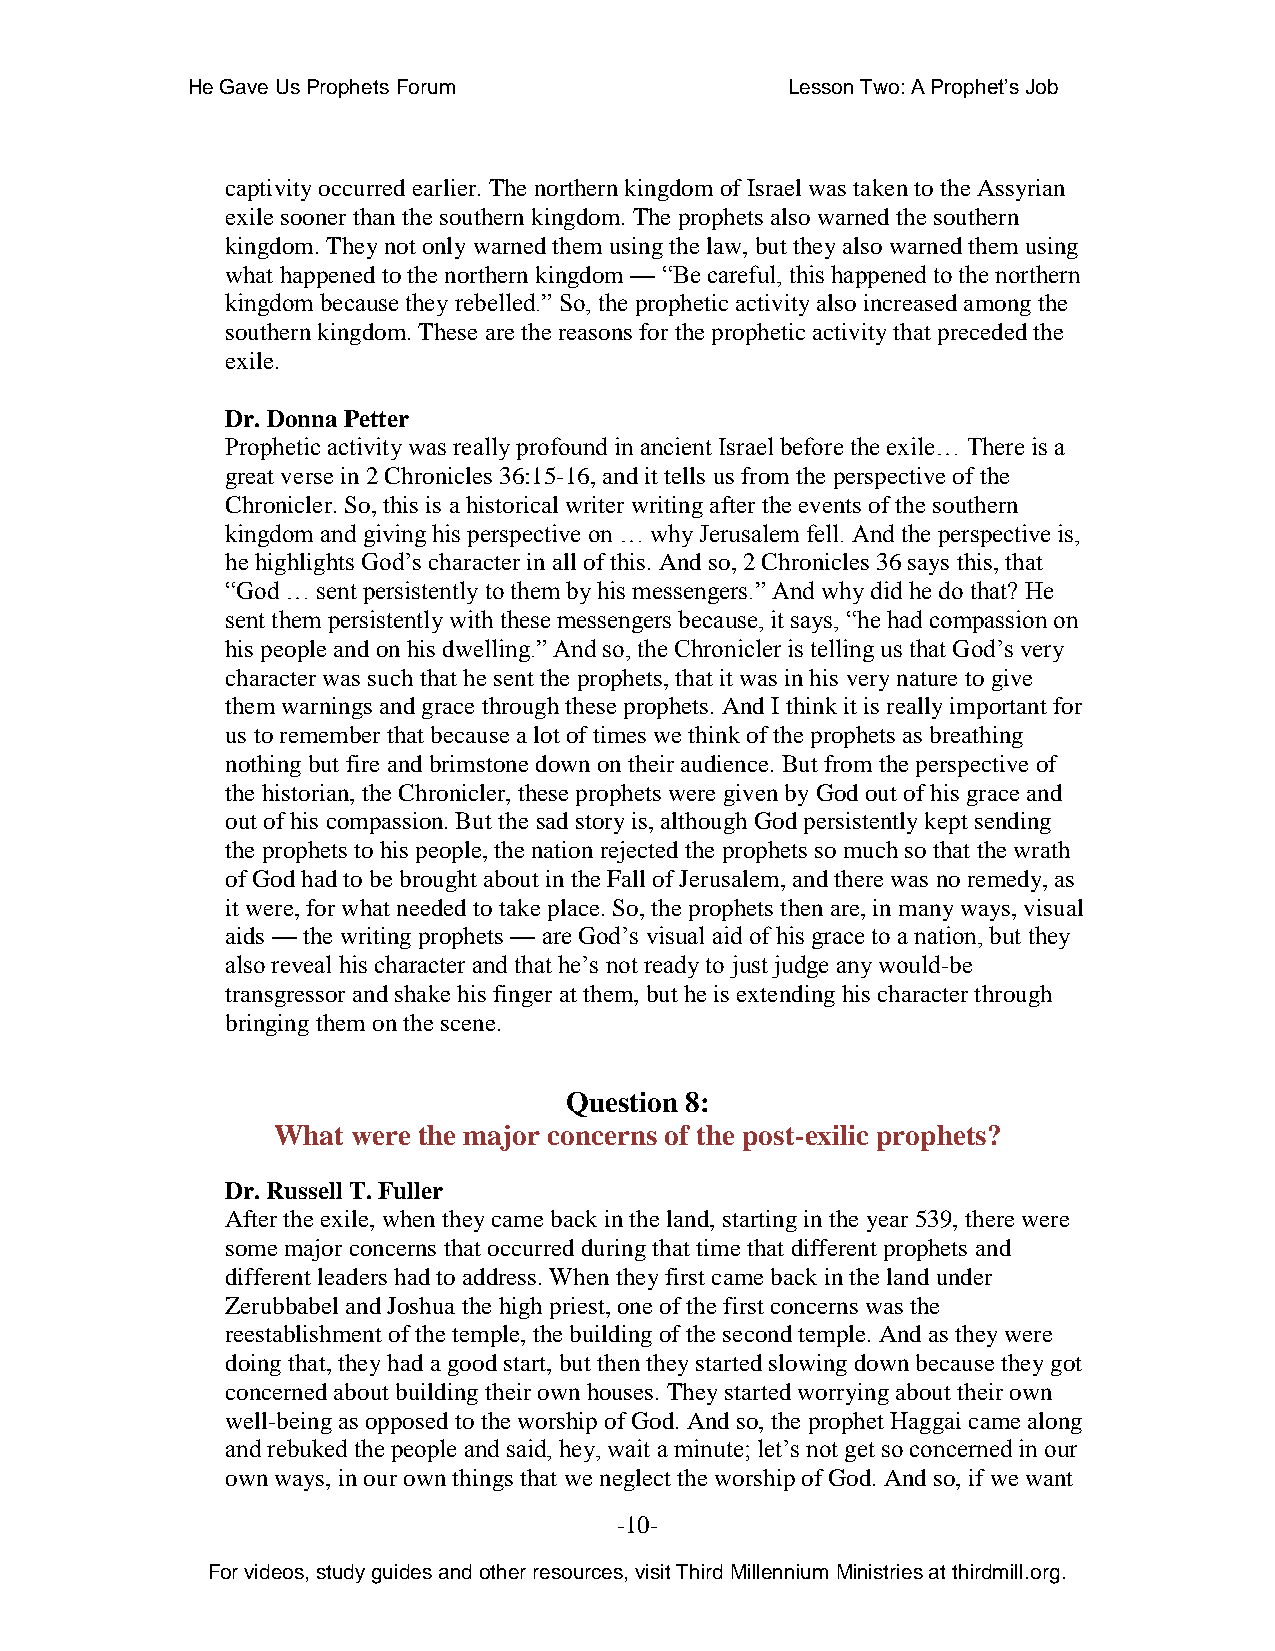
He Gave Us Prophets Forum               Lesson Two: A Prophet’s Job
 captivity occurred earlier. The northern kingdom of Israel was taken to the Assyrian
 exile sooner than the southern kingdom. The prophets also warned the southern
 kingdom. They not only warned them using the law, but they also warned them using
 what happened to the northern kingdom — “Be careful, this happened to the northern
 kingdom because they rebelled.” So, the prophetic activity also increased among the
 southern kingdom. These are the reasons for the prophetic activity that preceded the
 exile.
 Dr. Donna Petter
 Prophetic activity was really profound in ancient Israel before the exile… There is a
 great verse in 2 Chronicles 36:15-16, and it tells us from the perspective of the
 Chronicler. So, this is a historical writer writing after the events of the southern
 kingdom and giving his perspective on … why Jerusalem fell. And the perspective is,
 he highlights God’s character in all of this. And so, 2 Chronicles 36 says this, that
 “God … sent persistently to them by his messengers.” And why did he do that? He
 sent them persistently with these messengers because, it says, “he had compassion on
 his people and on his dwelling.” And so, the Chronicler is telling us that God’s very
 character was such that he sent the prophets, that it was in his very nature to give
 them warnings and grace through these prophets. And I think it is really important for
 us to remember that because a lot of times we think of the prophets as breathing
 nothing but fire and brimstone down on their audience. But from the perspective of
 the historian, the Chronicler, these prophets were given by God out of his grace and
 out of his compassion. But the sad story is, although God persistently kept sending
 the prophets to his people, the nation rejected the prophets so much so that the wrath
 of God had to be brought about in the Fall of Jerusalem, and there was no remedy, as
 it were, for what needed to take place. So, the prophets then are, in many ways, visual
 aids — the writing prophets — are God’s visual aid of his grace to a nation, but they
 also reveal his character and that he’s not ready to just judge any would-be
 transgressor and shake his finger at them, but he is extending his character through
 bringing them on the scene.
 Question 8:
 What were the major concerns of the post-exilic prophets?
 Dr. Russell T. Fuller
 After the exile, when they came back in the land, starting in the year 539, there were
 some major concerns that occurred during that time that different prophets and
 different leaders had to address. When they first came back in the land under
 Zerubbabel and Joshua the high priest, one of the first concerns was the
 reestablishment of the temple, the building of the second temple. And as they were
 doing that, they had a good start, but then they started slowing down because they got
 concerned about building their own houses. They started worrying about their own
 well-being as opposed to the worship of God. And so, the prophet Haggai came along
 and rebuked the people and said, hey, wait a minute; let’s not get so concerned in our
 own ways, in our own things that we neglect the worship of God. And so, if we want
 -10-
 For videos, study guides and other resources, visit Third Millennium Ministries at thirdmill.org.